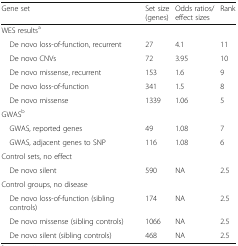
| Gene set | Set size (genes) | Odds ratios/effect sizes | Rank |
 | --- | --- | --- | --- |
 | <COLSPAN=4> WES resultsa |
 | De novo loss-of-function, recurrent | 27 | 4.1 | 11 |
 | De novo CNVs | 72 | 3.95 | 10 |
 | De novo missense, recurrent | 153 | 1.6 | 9 |
 | De novo loss-of-function | 341 | 1.5 | 8 |
 | De novo missense | 1339 | 1.06 | 5 |
 | <COLSPAN=4> GWASb |
 | GWAS, reported genes | 49 | 1.08 | 7 |
 | GWAS, adjacent genes to SNP | 116 | 1.08 | 6 |
 | <COLSPAN=4> Control sets, no effect |
 | De novo silent | 590 | NA | 2.5 |
 | <COLSPAN=4> Control groups, no disease |
 | De novo loss-of-function (sibling controls) | 174 | NA | 2.5 |
 | De novo missense (sibling controls) | 1066 | NA | 2.5 |
 | De novo silent (sibling controls) | 468 | NA | 2.5 |